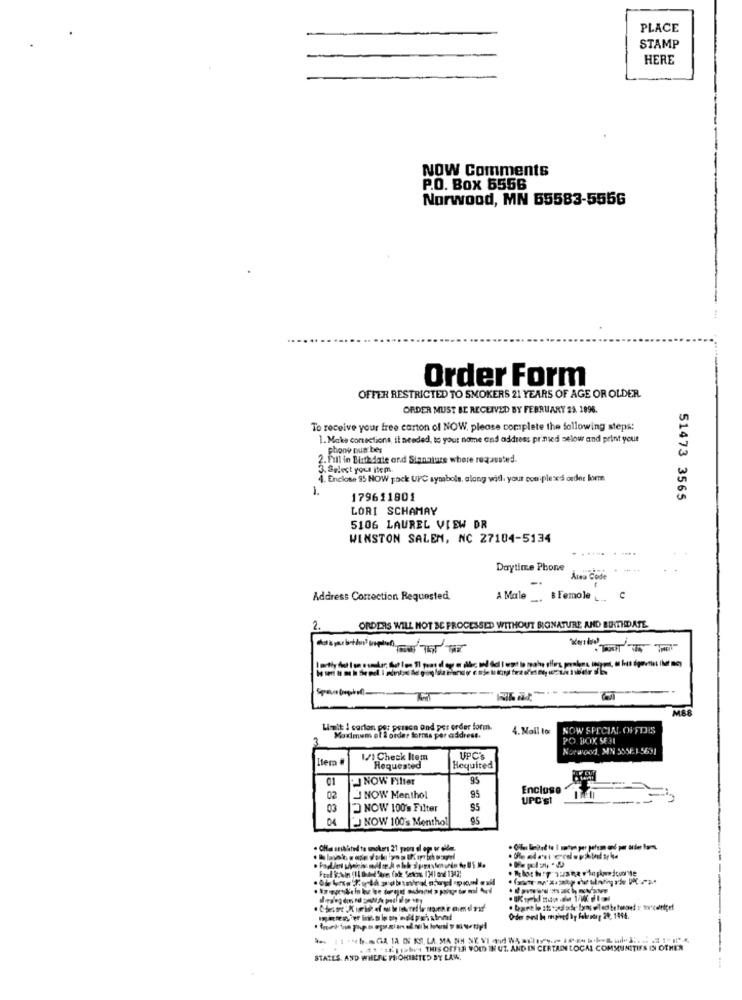
PLACE
STAMP
HERE
NOW Comments
P.O. Box 5556
Norwood, MN 65583-5556
Order Form
OFFER RESTRICTED TO SMOKERS 21 YEARS OF AGE OR OLDER.
ORDER MUST BE RECEIVED BY FEBRUARY 23. 1896.
To receive your free carton of NOW, please complete the following steps:
1. Make corrections, il neaded, to your name and address printed selow and print your
phone pun bes
.Fill in Bluthdate and Signature where roqausted.
3. Select your item
. Enclose 95 HOW pack UPC symbols, along with, your couplese's order form
1.
179611801
51473 3565
LORI SCHAMAY
5106 LAUREL VIEW DR
WINSTON SALEM, NC 27104-5134
Daytime Phone
Area Code
Address Correction Requested
A Male _, B Female .. C
2.
ORDERS WILL NOT BE PROCESSED WITHOUT BONATURE AND BIRTHDATE
M88
Limit I carlan per person and per order form.
4. Mail tor
NOW SPECIAL OFFTHIS
Maximum ol & order forms per address.
PO BOX SE3I
NorWood, MIN 595E1-5631
Item #
1//1 Check Item
UPC'S
Requested
Required
01
NOW Filter
95
Enclose
02
NOW Menthol
95
UPC's1
03
NOW 100's Filter
FJ NOW 100's Menthol
95
.1 .1 ;1>64 THIS OFFER YOUD IN UT. AND IN CERTAIN LOCAL COMMUNITIES IN OTHER
STATES, AND WHERE PROHINTED BY LAW.